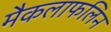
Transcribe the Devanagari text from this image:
मैकलाफलिन